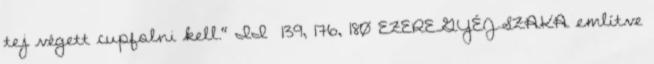
tej végett cupfolni kell." II 139, 176, 180 EZEREGYÉJSZAKA említve